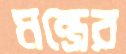
মন্ত্রের